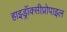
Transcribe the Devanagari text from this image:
हाइड्रॉक्सीप्रोपाइल